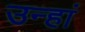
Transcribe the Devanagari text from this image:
उन्हां